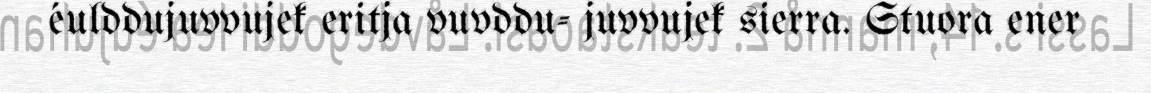
éulddujuvvujek eritja vuvddu- juvvujek sierra. Stuora ener